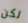
لكن